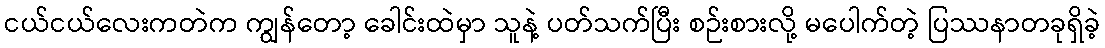
ငယ်ငယ်လေးကတဲက ကျွန်တော့ ခေါင်းထဲမှာ သူနဲ့ ပတ်သက်ပြီး စဉ်းစားလို့ မပေါက်တဲ့ ပြဿနာတခုရှိခဲ့